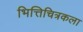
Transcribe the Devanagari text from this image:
भित्तिचित्रकला